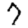
Digit: 7